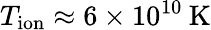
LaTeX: T_{\mathrm{ion}}\approx 6\times 10^{10}\: \mathrm{{K}}